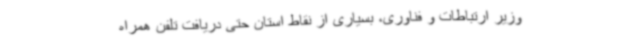
وزیر ارتباطات و فناوری، بسیاری از نقاط استان حتی دریافت تلفن همراه